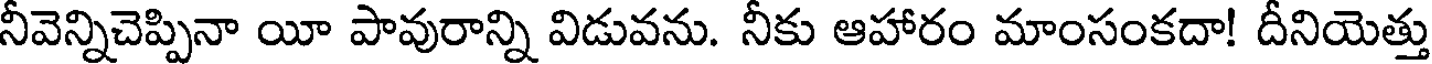
నీవెన్నిచెప్పినా యీ పావురాన్ని విడువను. నీకు ఆహారం మాంసంకదా! దీనియెత్తు